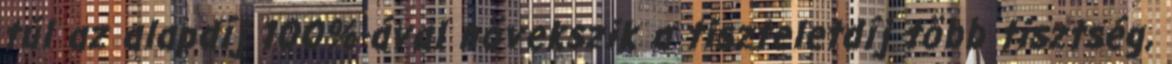
túl az alapdíj 100%-ával növekszik a tiszteletdíj több tisztség,